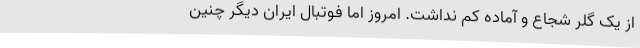
از یک گلر شجاع و آماده کم نداشت. امروز اما فوتبال ایران دیگر چنین